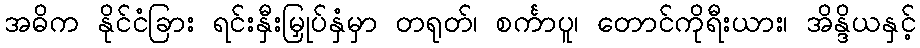
အဓိက နိုင်ငံခြား ရင်းနှီးမြှုပ်နှံမှာ တရုတ်၊ စင်္ကာပူ၊ တောင်ကိုရီးယား၊ အိန္ဒိယနှင့်